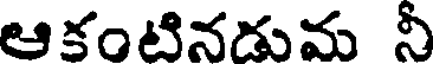
ఆకంటినడుమ నీ